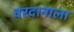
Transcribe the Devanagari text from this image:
वरदानाला